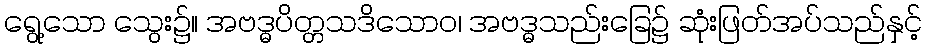
ရွေ့သော သွေး၌။ အဗဒ္ဓပိတ္တသဒိသောဝ၊ အဗဒ္ဓသည်းခြေ၌ ဆုံးဖြတ်အပ်သည်နှင့်